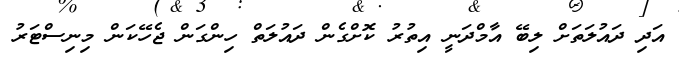
އަދި ދައުލަތަށް ލިބޭ އާމްދަނީ އިތުރު ކޮށްގެން ދައުލަތް ހިންގަން ޖެހޭކަން މިނިސްޓަރު